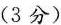
(3分)